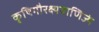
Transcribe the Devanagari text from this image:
कृषिगौरक्ष्यवाणिज्यं